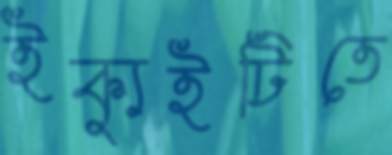
ইক্যুইটিতে